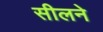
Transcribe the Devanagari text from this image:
सीलने